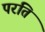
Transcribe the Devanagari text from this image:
परति